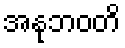
အနုဘဝတိ